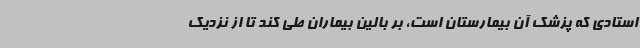
استادی که پزشک آن بیمارستان است، بر بالین بیماران طی کند تا از نزدیک